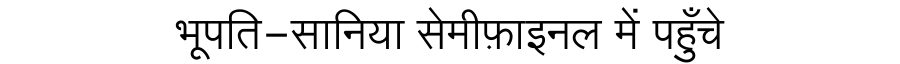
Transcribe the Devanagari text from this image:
भूपति-सानिया सेमीफ़ाइनल में पहुँचे